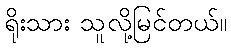
ရိုးသား သူလို့မြင်တယ်။